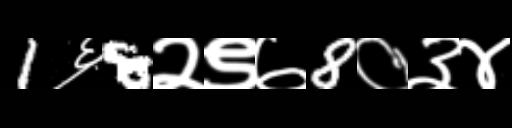
Text: 1६8२९७8०३४